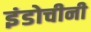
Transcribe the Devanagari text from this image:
इंडोचीनी